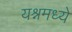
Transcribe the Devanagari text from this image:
यश्नमध्ये